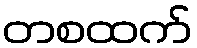
တစထက်